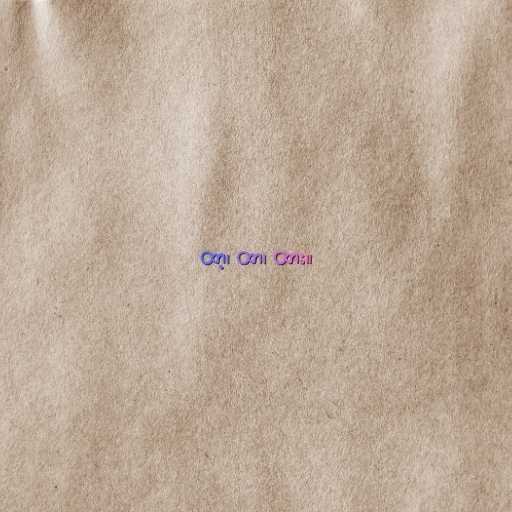
ထာ့၊ ထာ၊ ထား။